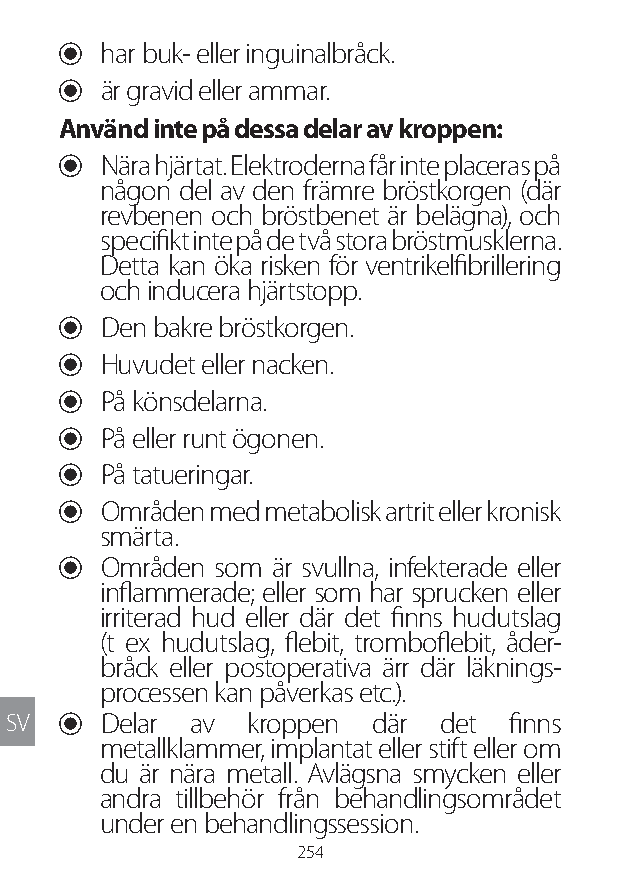
U har buk- eller inguinalbråck.
 U är gravid eller ammar.
 Använd inte på dessa delar av kroppen:
 U Nära hjärtat. Elektroderna får inte placeras på
 någon del av den främre bröstkorgen (där
 revbenen och bröstbenet är belägna), och
 specifikt inte på de två stora bröstmusklerna.
 Detta kan öka risken för ventrikelfibrillering
 och inducera hjärtstopp.
 U Den bakre bröstkorgen.
 U Huvudet eller nacken.
 U På könsdelarna.
 U På eller runt ögonen.
 U På tatueringar.
 U Områden med metabolisk artrit eller kronisk
 smärta.
 U Områden som är svullna, infekterade eller
 inflammerade; eller som har sprucken eller
 irriterad hud eller där det finns hudutslag
 (t ex hudutslag, flebit, tromboflebit, åder-
 bråck eller postoperativa ärr där läknings-
 processen kan påverkas etc.).
 SV  U Delar av  kroppen där  det finns
 metallklammer, implantat eller stift eller om
 du är nära metall. Avlägsna smycken eller
 andra tillbehör från behandlingsområdet
 under en behandlingssession.
 254
 Lipo UM EU124 3545B inside ALL EU124 ED296-24 release.indd 254 14/08/2018 10:57:48